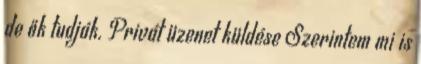
de ők tudják. Privát üzenet küldése Szerintem mi is